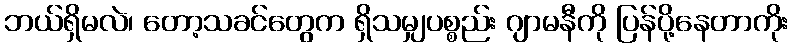
ဘယ်ရှိမလဲ၊ တော့သခင်တွေက ရှိသမျှပစ္စည်း ဂျာမနီကို ပြန်ပို့နေတာကိုး